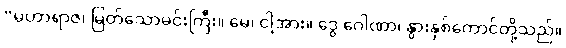
“မဟာရာဇ၊ မြတ်သောမင်းကြီး။ မေ၊ ငါ့အား။ ဒွေ ဂေါဏာ၊ နွားနှစ်ကောင်တို့သည်။